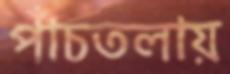
পাঁচতলায়